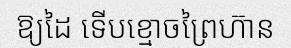
ឱ្យដៃ ទើបខ្មោចព្រៃហ៊ាន